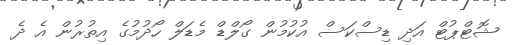
ޝޮޓްޕުޓް އަދި ޑިސްކަސް އުކުމުން ގޯލްޑް މެޑަލް ހޯދުމުގެ އިތުރުން އެ ދެ